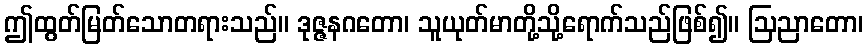
ဤထွတ်မြတ်သောတရားသည်။ ဒုဇ္ဇနဂတော၊ သူယုတ်မာတို့သို့ရောက်သည်ဖြစ်၍။ ဩညာတော၊